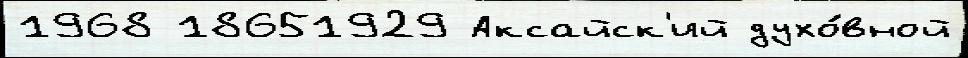
1968 18651929 Аксайск'ий духо́вной